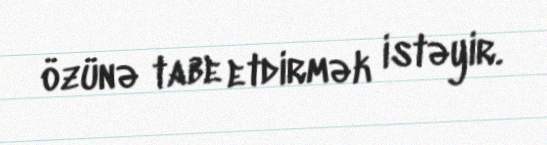
özünə tabe etdirmək istəyir.